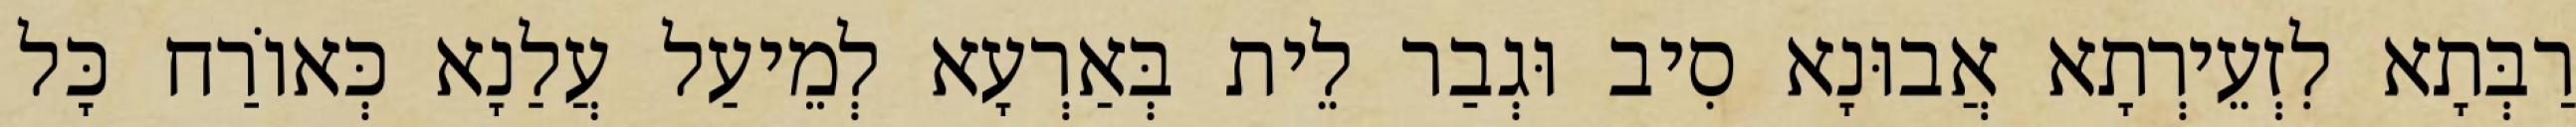
רַבְּתָא לִזְעֵירְתָא אֲבוּנָא סִיב וּגְבַר לֵית בְּאַרְעָא לְמֵיעַל עֲלַנָא כְּאוֹרַח כָּל